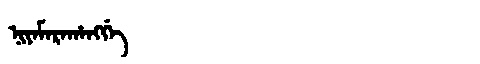
Manchu: ᠨᡳᠶᠠᠮᠠᡵᠠᡥᠠᠩᡤᡝ
Romanization: NIYAMARAHANGGE